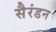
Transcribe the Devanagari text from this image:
सैरंडन